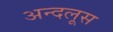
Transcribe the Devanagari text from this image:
अन्दलूस